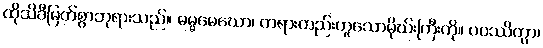
ထိုသိခီမြတ်စွာဘုရားသည်။ ဓမ္မမေဃော၊ တရားတည်းဟူသောမိုဃ်းကြီးကို။ ပဝဿိတွာ၊